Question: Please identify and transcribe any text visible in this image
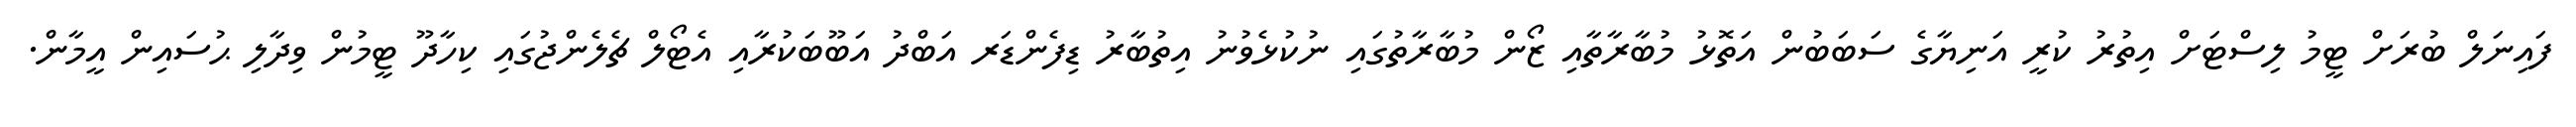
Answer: ފައިނަލް ބުރަށް ޓީމު ލިސްޓަށް އިތުރު ކުރީ އަނިޔާގެ ސަބަބުން އަތޮޅު މުބާރާތާއި ޒޯން މުބާރާތުގައި ނުކުޅެވުނު އިތުބާރު ޑިފެންޑަރ އަބްދު އަބޫބަކުރާއި އެޓޯލް ޗެލެންޖުގައި ކިހާދޫ ޓީމުން ވިދާލި ޙުސައިން އީމާން.